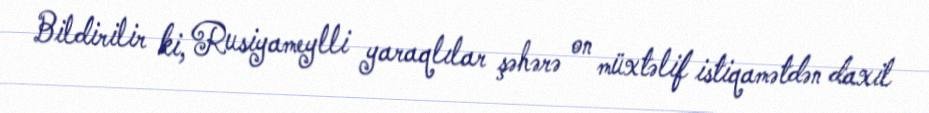
Bildirilir ki, Rusiyameylli yaraqlılar şəhərə on müxtəlif istiqamətdən daxil